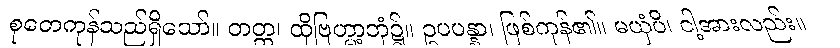
စုတေကုန်သည်ရှိသော်။ တတ္ထ၊ ထိုဗြဟ္မာ့ဘုံ၌။ ဥပပန္နာ၊ ဖြစ်ကုန်၏။ မယှံပိ၊ ငါ့အားလည်း။